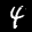
Label: 4